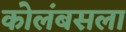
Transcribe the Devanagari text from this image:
कोलंबसला